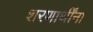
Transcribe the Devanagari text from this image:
शरणार्थींना